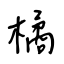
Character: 橘